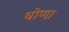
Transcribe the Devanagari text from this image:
धोणा